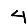
Digit: 4